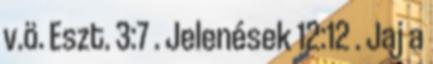
v.ö. Eszt. 3:7 . Jelenések 12:12 . Jaj a